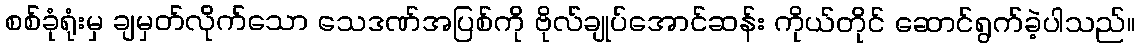
စစ်ခုံရုံးမှ ချမှတ်လိုက်သော သေဒဏ်အပြစ်ကို ဗိုလ်ချုပ်အောင်ဆန်း ကိုယ်တိုင် ဆောင်ရွက်ခဲ့ပါသည်။